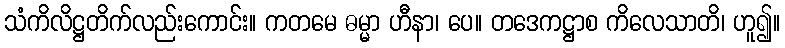
သံကိလိဋ္ဌတိက်လည်းကောင်း။ ကတမေ ဓမ္မာ ဟီနာ၊ ပေ။ တဒေကဋ္ဌာစ ကိလေသာတိ၊ ဟူ၍။